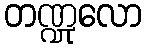
တဏ္ဍုလော